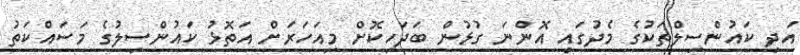
އަދި ކައުންސިލްތަކުގެ މެދުގައި އޮންނަ ގުޅުން ބަދަހިކޮށް މިއަހަރަށް އަތޮޅު ކައުންސިލުގެ މަސައްކަތު